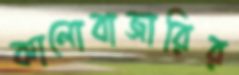
কালোবাজারির